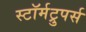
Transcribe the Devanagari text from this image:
स्टॉर्मट्रुपर्स